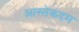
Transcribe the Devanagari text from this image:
आस्तेकदम